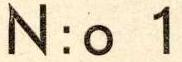
N:o 1